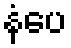
နံပေ